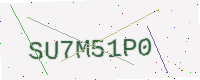
Text: SU7M51P0